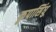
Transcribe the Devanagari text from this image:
कृपासिंधु